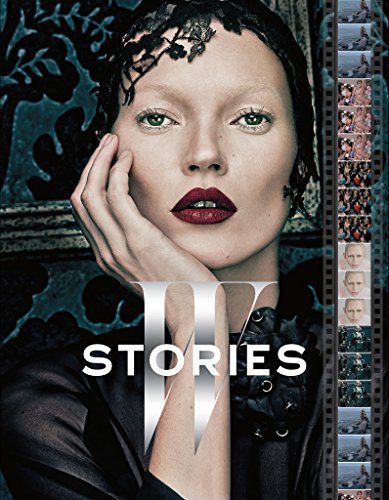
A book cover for W: Stories; Humor & Entertainment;